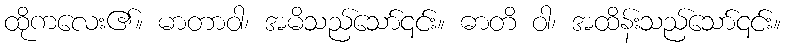
ထိုကလေး၏။ မာတာဝါ၊ အမိသည်သော်၎င်း။ ဓာတိ ဝါ၊ အထိန်းသည်သော်၎င်း။